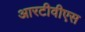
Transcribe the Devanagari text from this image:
आरटीवीएस